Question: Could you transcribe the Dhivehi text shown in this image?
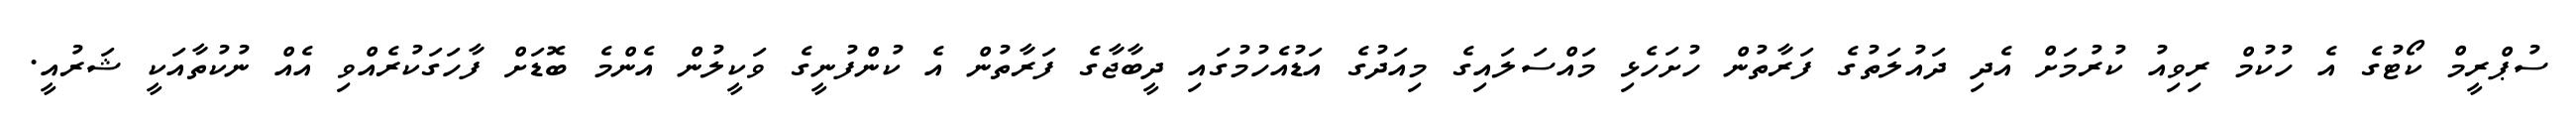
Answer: ސުޕްރީމް ކޯޓުގެ އެ ހުކުމް ރިވިއު ކުރުމަށް އެދި ދައުލަތުގެ ފަރާތުން ހުށަހެޅި މައްސަލައިގެ މިއަދުގެ އަޑުއެހުމުގައި ދީބާޖާގެ ފަރާތުން އެ ކުންފުނީގެ ވަކީލުން އެންމެ ބޮޑަށް ފާހަގަކުރެއްވި އެއް ނުކުތާއަކީ ޝަރުއީ.